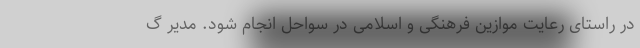
در راستای رعایت موازین فرهنگی و اسلامی در سواحل انجام شود. مدیر گ